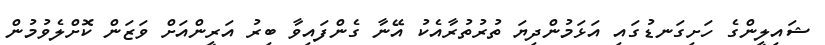
ޝައިލީންގެ ހަށިގަނޑުގައި އަޅަމުންދިޔަ ތުރުތުރާއެކު އޭނާ ގެންފައިވާ ބިރު އަރީންއަށް ވަޒަން ކޮށްލެވުމުން